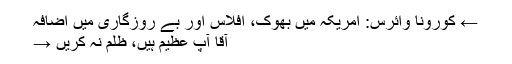
← کورونا وائرس: امریکہ میں بھوک، افلاس اور بے روزگاری میں اضافہ
آقا آپ عظیم ہیں، ظلم نہ کریں →